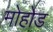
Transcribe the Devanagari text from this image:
मोहोड